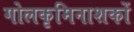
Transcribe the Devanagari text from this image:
गोलकृमिनाशकों